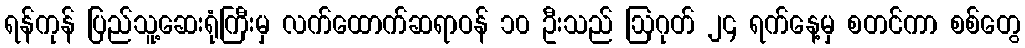
ရန်ကုန် ပြည်သူ့ဆေးရုံကြီးမှ လက်ထောက်ဆရာဝန် ၁၀ ဦးသည် ဩဂုတ် ၂၄ ရက်နေ့မှ စတင်ကာ စစ်တွေ